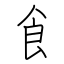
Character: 飠